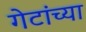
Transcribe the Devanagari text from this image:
गेटांच्या